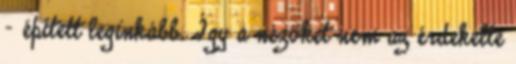
- épített leginkább. Így a nézőket nem az érdekelte